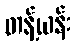
တန့်ယန်း